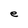
Character: e